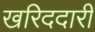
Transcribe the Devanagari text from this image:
खरिददारी